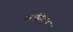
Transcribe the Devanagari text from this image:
चरांसोबत